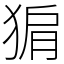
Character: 猏